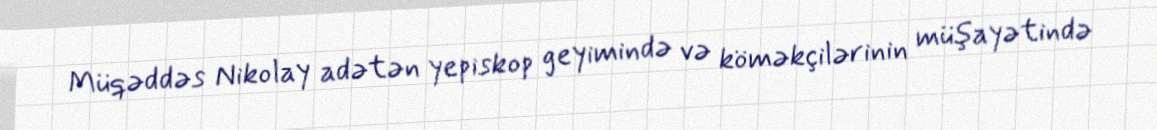
Müqəddəs Nikolay adətən yepiskop geyimində və köməkçilərinin müşayətində